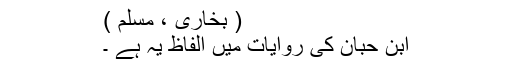
( بخاری ، مسلم )
ابن حبان کی روایات میں الفاظ یہ ہے ۔